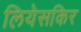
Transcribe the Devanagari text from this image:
लियेसकिर